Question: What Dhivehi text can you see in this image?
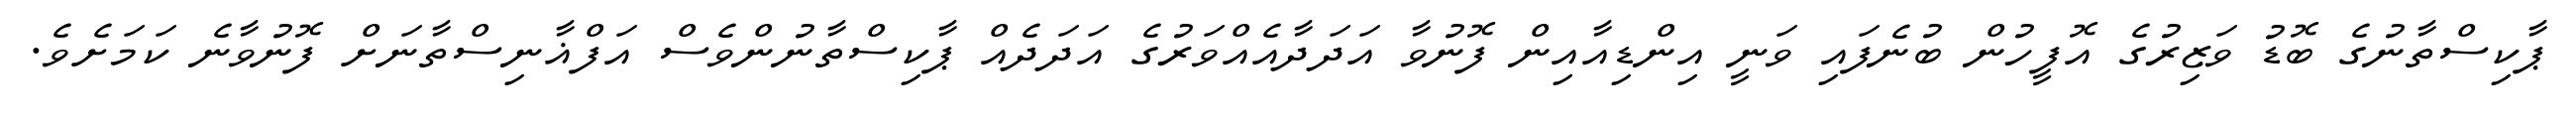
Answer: ޕާކިސްތާނުގެ ބޮޑު ވަޒިރުގެ އޮފީހުން ބުނެފައި ވަނީ އިންޑިއާއިން ފޮނުވާ އަދަދާއެއްވަރުގެ އަދަދެއް ޕާކިސްތާނުންވެސް އަފްޣާނިސްތާނަށް ފޮނުވާނެ ކަމަށެވެ.